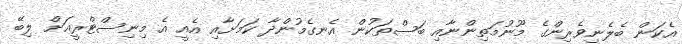
އެކަން ބެލެނިވެރިންގެ މޫނުމަތިންނާއި ބަސްތަކުން އެނގެމުންދާ ކަމަށާއި އެއީ އެ މިނިސްޓްރީއަށް ލިބޭ